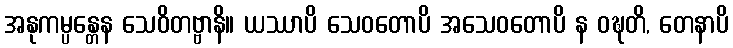
အနုကမ္ပန္တေန သေဝိတဗ္ဗာနိ။ ယဿာပိ သေဝတောပိ အသေဝတောပိ န ဝဍ္ဎတိ, တေနာပိ